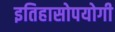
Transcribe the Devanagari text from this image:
इतिहासोपयोगी